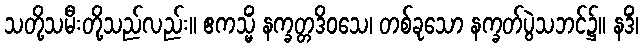
သတို့သမီးတို့သည်လည်း။ ဧကသ္မိံ နက္ခတ္တဒိဝသေ၊ တစ်ခုသော နက္ခတ်ပွဲသဘင်၌။ နဒိံ၊